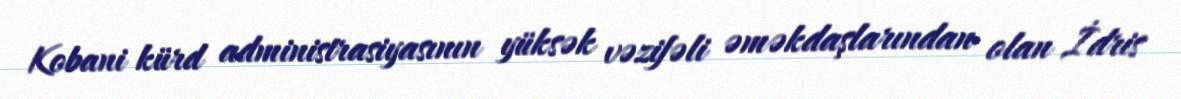
Kobani kürd administrasiyasının yüksək vəzifəli əməkdaşlarından olan İdris